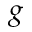
g